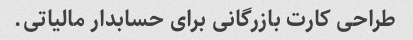
طراحی کارت بازرگانی برای حسابدار مالیاتی.